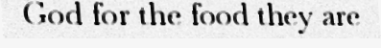
God for the food they are